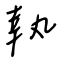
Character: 執